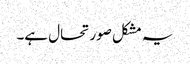
یہ مشکل صورتحال ہے۔